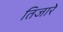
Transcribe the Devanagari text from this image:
तिजारे